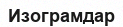
Изограмдар